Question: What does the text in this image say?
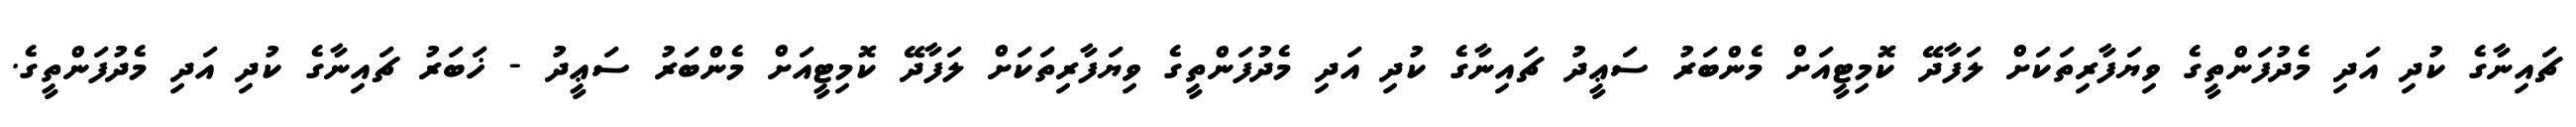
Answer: ޗައިނާގެ ކުދި އަދި މެދުފަންތީގެ ވިޔަފާރިތަކަށް ލަފާދޭ ކޮމިޓީއަށް މެންބަރު ސަޢީދު ޗައިނާގެ ކުދި އަދި މެދުފަންތީގެ ވިޔަފާރިތަކަށް ލަފާދޭ ކޮމިޓީއަށް މެންބަރު ސަޢީދު - ޚަބަރު ޗައިނާގެ ކުދި އަދި މެދުފަންތީގެ.